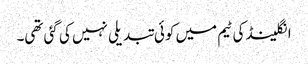
انگلینڈ کی ٹیم میں کوئی تبدیلی نہیں کی گئی تھی۔